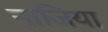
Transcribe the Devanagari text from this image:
नाजिया